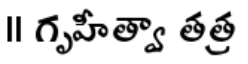
।। గృహీత్వా తత్ర